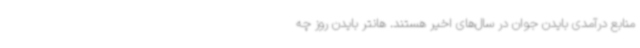
منابع درآمدی بایدن جوان در سال‌های اخیر هستند. هانتر بایدن روز چه